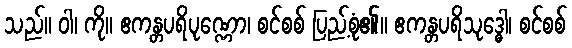
သည်။ ဝါ၊ ကို။ ဧကန္တပရိပုဏ္ဏော၊ စင်စစ် ပြည့်စုံ၏။ ဧကန္တပရိသုဒ္ဓေါ၊ စင်စစ်